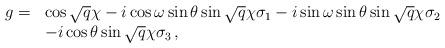
LaTeX: \begin{align*}\begin{array}{ll}g = & \cos \sqrt{q} \chi - i \cos \omega \sin \theta \sin \sqrt{q}\chi \sigma_1 - i \sin \omega \sin \theta \sin \sqrt{q} \chi\sigma_2\\ & -i \cos \theta \sin \sqrt{q} \chi \sigma_3 \,, \end{array}\end{align*}